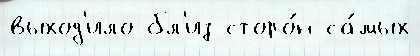
выход'ило бл'из сторо́н са́мых